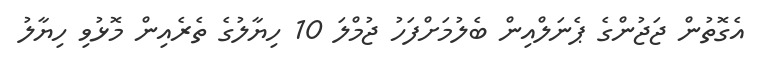
އެގޮތުން ޖަޖުންގެ ޕެނަލްއިން ބެލުމަށްފަހު ޖުމްލަ 10 ހިޔާލުގެ ތެރެއިން މޮޅުވި ހިޔާލު